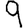
Digit: 9